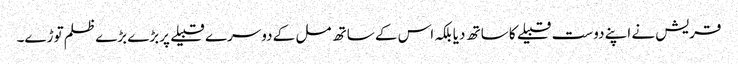
قریش نے اپنے دوست قبیلے کا ساتھ دیا بلکہ اس کے ساتھ مل کے دوسرے قبیلے پربڑے بڑے ظلم توڑے۔